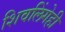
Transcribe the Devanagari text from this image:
शिवलिंगेही